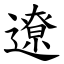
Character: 遼